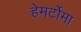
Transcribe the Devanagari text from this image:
हेमर्टोमा